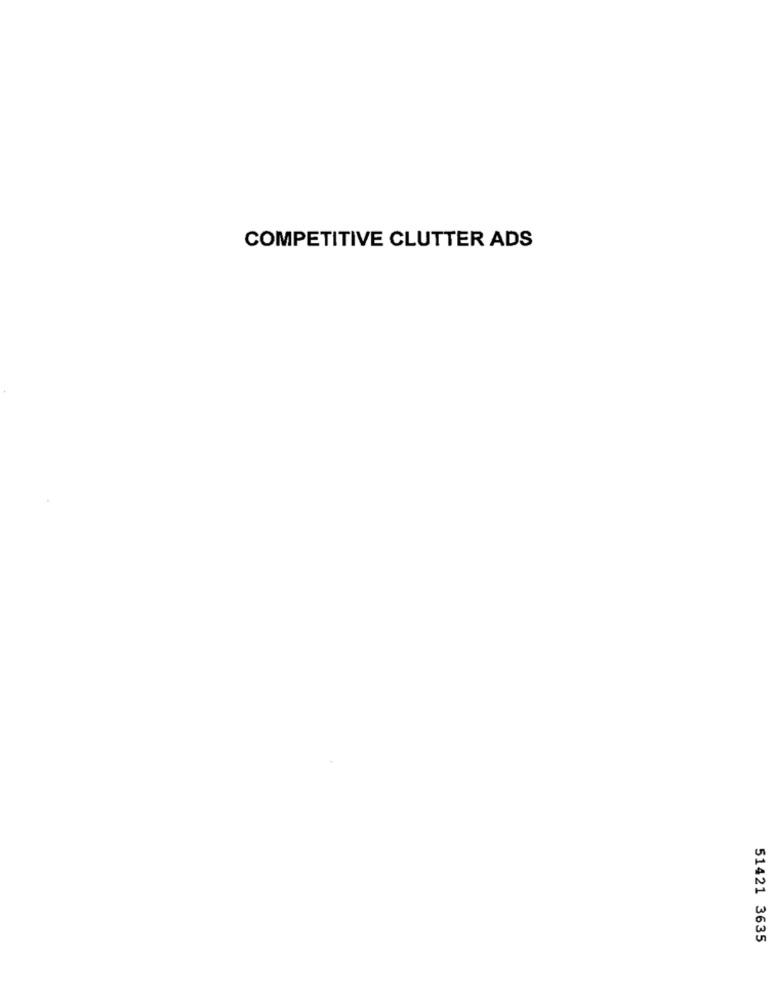
COMPETITIVE CLUTTER ADS
51421 3635